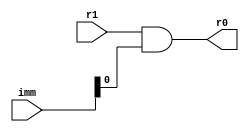
module andi(r0, r1, imm);
    input [31:0] r1;
    input [15:0] imm;
    output [31:0] r0;

    wire b ={{16{imm[15]}}, imm};

    assign r0 = r1 & b;

endmodule